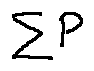
\sum P